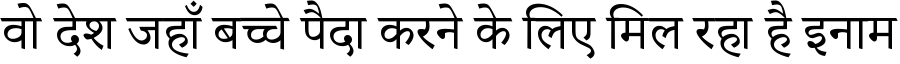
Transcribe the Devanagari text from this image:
वो देश जहाँ बच्चे पैदा करने के लिए मिल रहा है इनाम